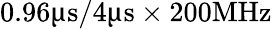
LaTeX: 0.96\upmu\textrm{s}/4\upmu\textrm{s}\times 200\textrm{MHz}